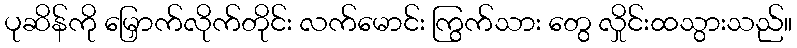
ပုဆိန်ကို မြှောက်လိုက်တိုင်း လက်မောင်း ကြွက်သား တွေ လှိုင်းထသွားသည်။